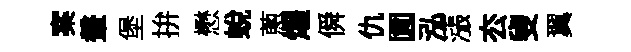
案鞶堡拚懋蛻蔥燿僢仇圎泓漲厺叟翼